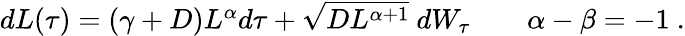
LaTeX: \begin{array}{r}{dL(\tau)=(\gamma+D)L^{\alpha}d\tau+\sqrt{DL^{\alpha+1}}\ dW_{\tau}\qquad\alpha-\beta=-1\ .}\end{array}